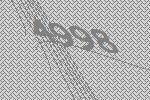
4998